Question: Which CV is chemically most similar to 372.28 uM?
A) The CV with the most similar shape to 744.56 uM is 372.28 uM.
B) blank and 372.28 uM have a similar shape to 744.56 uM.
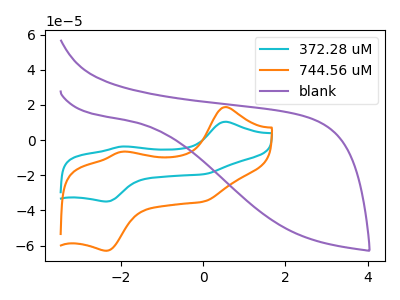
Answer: <think>The cyan curve "372.28 uM" has anodic peaks at (0.55V, 10.45uA) (-2.00V, -3.65uA) and cathodic peaks at (0.00V, -19.40uA) (-2.35V, -34.95uA). The orange curve "744.56 uM" has anodic peaks at (0.55V, 18.80uA) (-2.00V, -6.60uA) and cathodic peaks at (0.00V, -34.95uA) (-2.35V, -62.95uA). The purple curve "blank" has no peaks.
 All the peaks in "372.28 uM" have a peak in "744.56 uM" at the same potential. "372.28 uM" and "blank" have a different number of peaks. "744.56 uM" and "blank" have a different number of peaks.</think>
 <answer>A) The CV with the most similar shape to "744.56 uM" is "372.28 uM".</answer>
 <eval>A</eval>